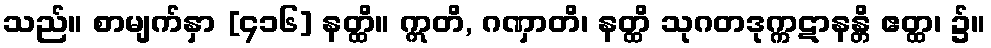
သည်။ စာမျက်နှာ [၄၁၆] နတ္ထိ။ ဣတိ, ဂဏှာတိ၊ နတ္ထိ သုဂတဒုက္ကဋာနန္တိ ဧတ္ထ၊ ၌။